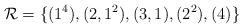
LaTeX: \begin{align*}\mathcal R = \{(1^4), (2,1^2), (3, 1), (2^2), (4)\}\end{align*}